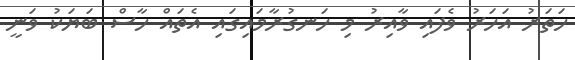
ހަތަރު އަހަރު ވެފައި ވާއިރު މި ހަނގުރާމައިގައި އެތައް ހާސް ބަޔަކު ވަނީ